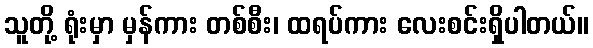
သူတို့ ရုံးမှာ မှန်ကား တစ်စီး၊ ထရပ်ကား လေးစင်းရှိပါတယ်။